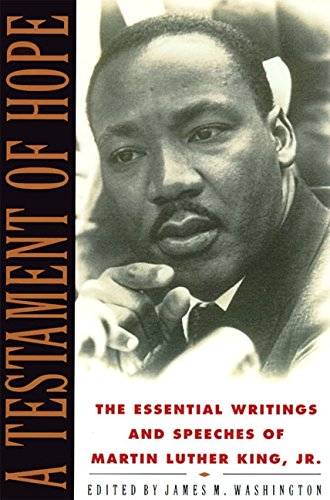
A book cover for A Testament of Hope: The Essential Writings and Speeches of Martin Luther King, Jr.; Martin Luther King; History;